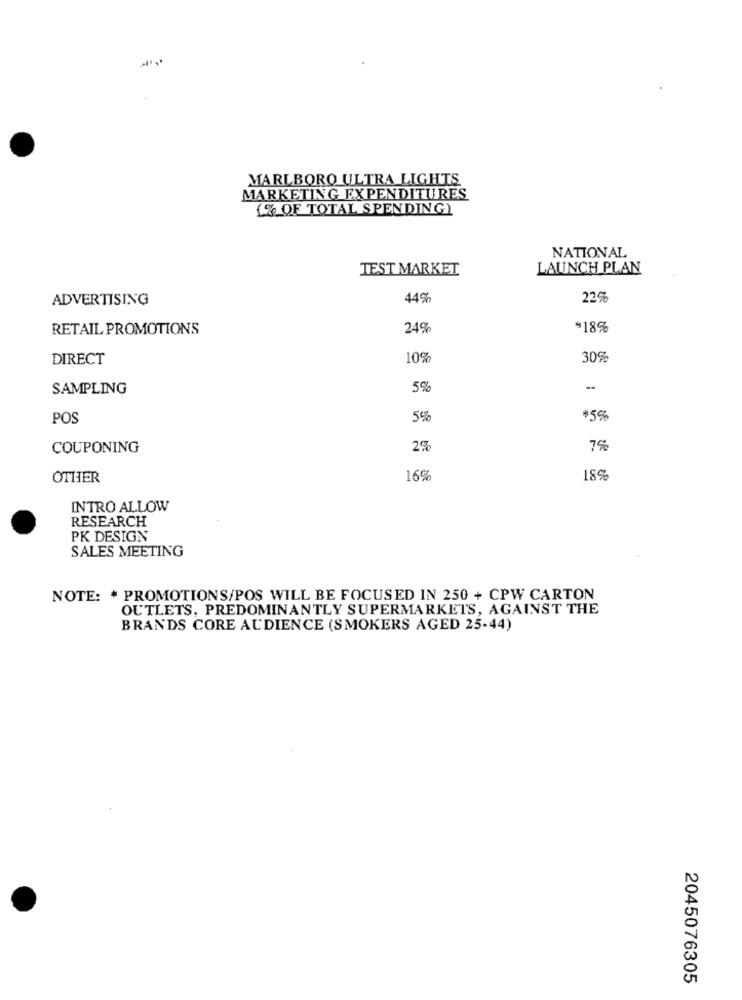
MARLBORO ULTRA LIGHTS
MARKETING EXPENDITURES
(% OF TOTAL SPENDING)
NATIONAL
TEST MARKET
LAUNCH PLAN
ADVERTISING
44%
22%
RETAIL PROMOTIONS
24%
*18%
DIRECT
10%
30%
SAMPLING
5%
POS
5%
$5%
COUPONING
2%
7%
OTHER
16%
18%
INTRO ALLOW
RESEARCH
PK DESIGN
SALES MEETING
NOTE: * PROMOTIONS/POS WILL BE FOCUSED IN 250 + CPW CARTON
OUTLETS, PREDOMINANTLY SUPERMARKETS, AGAINST THE
BRANDS CORE AUDIENCE (SMOKERS AGED 25-44)
2045076305